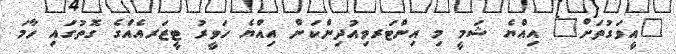
"އީވަގުތަށް" އިއްޔެ ޝަމީ މި އިންޓަރވިއުދިންކަން އިއްޔެ ހަވީރު ޓީޒަރއެއްގެ ގޮތުގައި ހާމަ